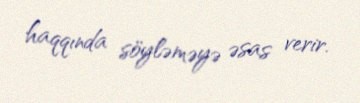
haqqında söyləməyə əsas verir.